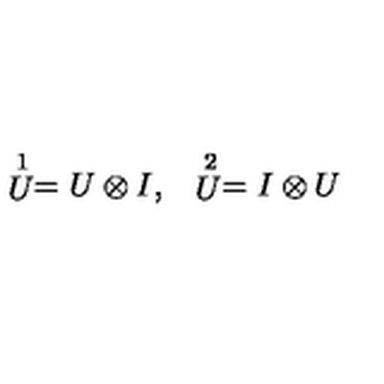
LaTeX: \begin{array} { c c } { \stackrel { 1 } { U } = U \otimes I , } & { \stackrel { 2 } { U } = I \otimes U } \\ \end{array}